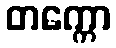
တက္ကော